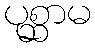
ပုစ္ဆာမ